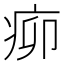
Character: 𤵠